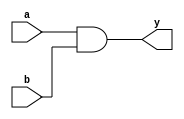
`timescale 1ns/1ns

module andl(a, b, y);
	input  [7:0] a, b;
	output [7:0] y;
	reg    [7:0] y;
	
	always@(a or b) begin
		y <= a & b;
	end
	
endmodule